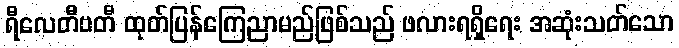
ရီလေတီဗတီ ထုတ်ပြန်ကြေညာမည်ဖြစ်သည် ဖလားရရှိရေး အဆုံးသတ်သော